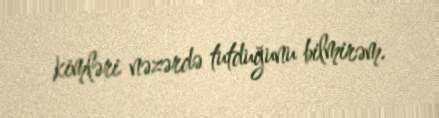
kimləri nəzərdə tutduğunu bilmirəm.